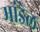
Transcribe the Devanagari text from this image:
मांडेल